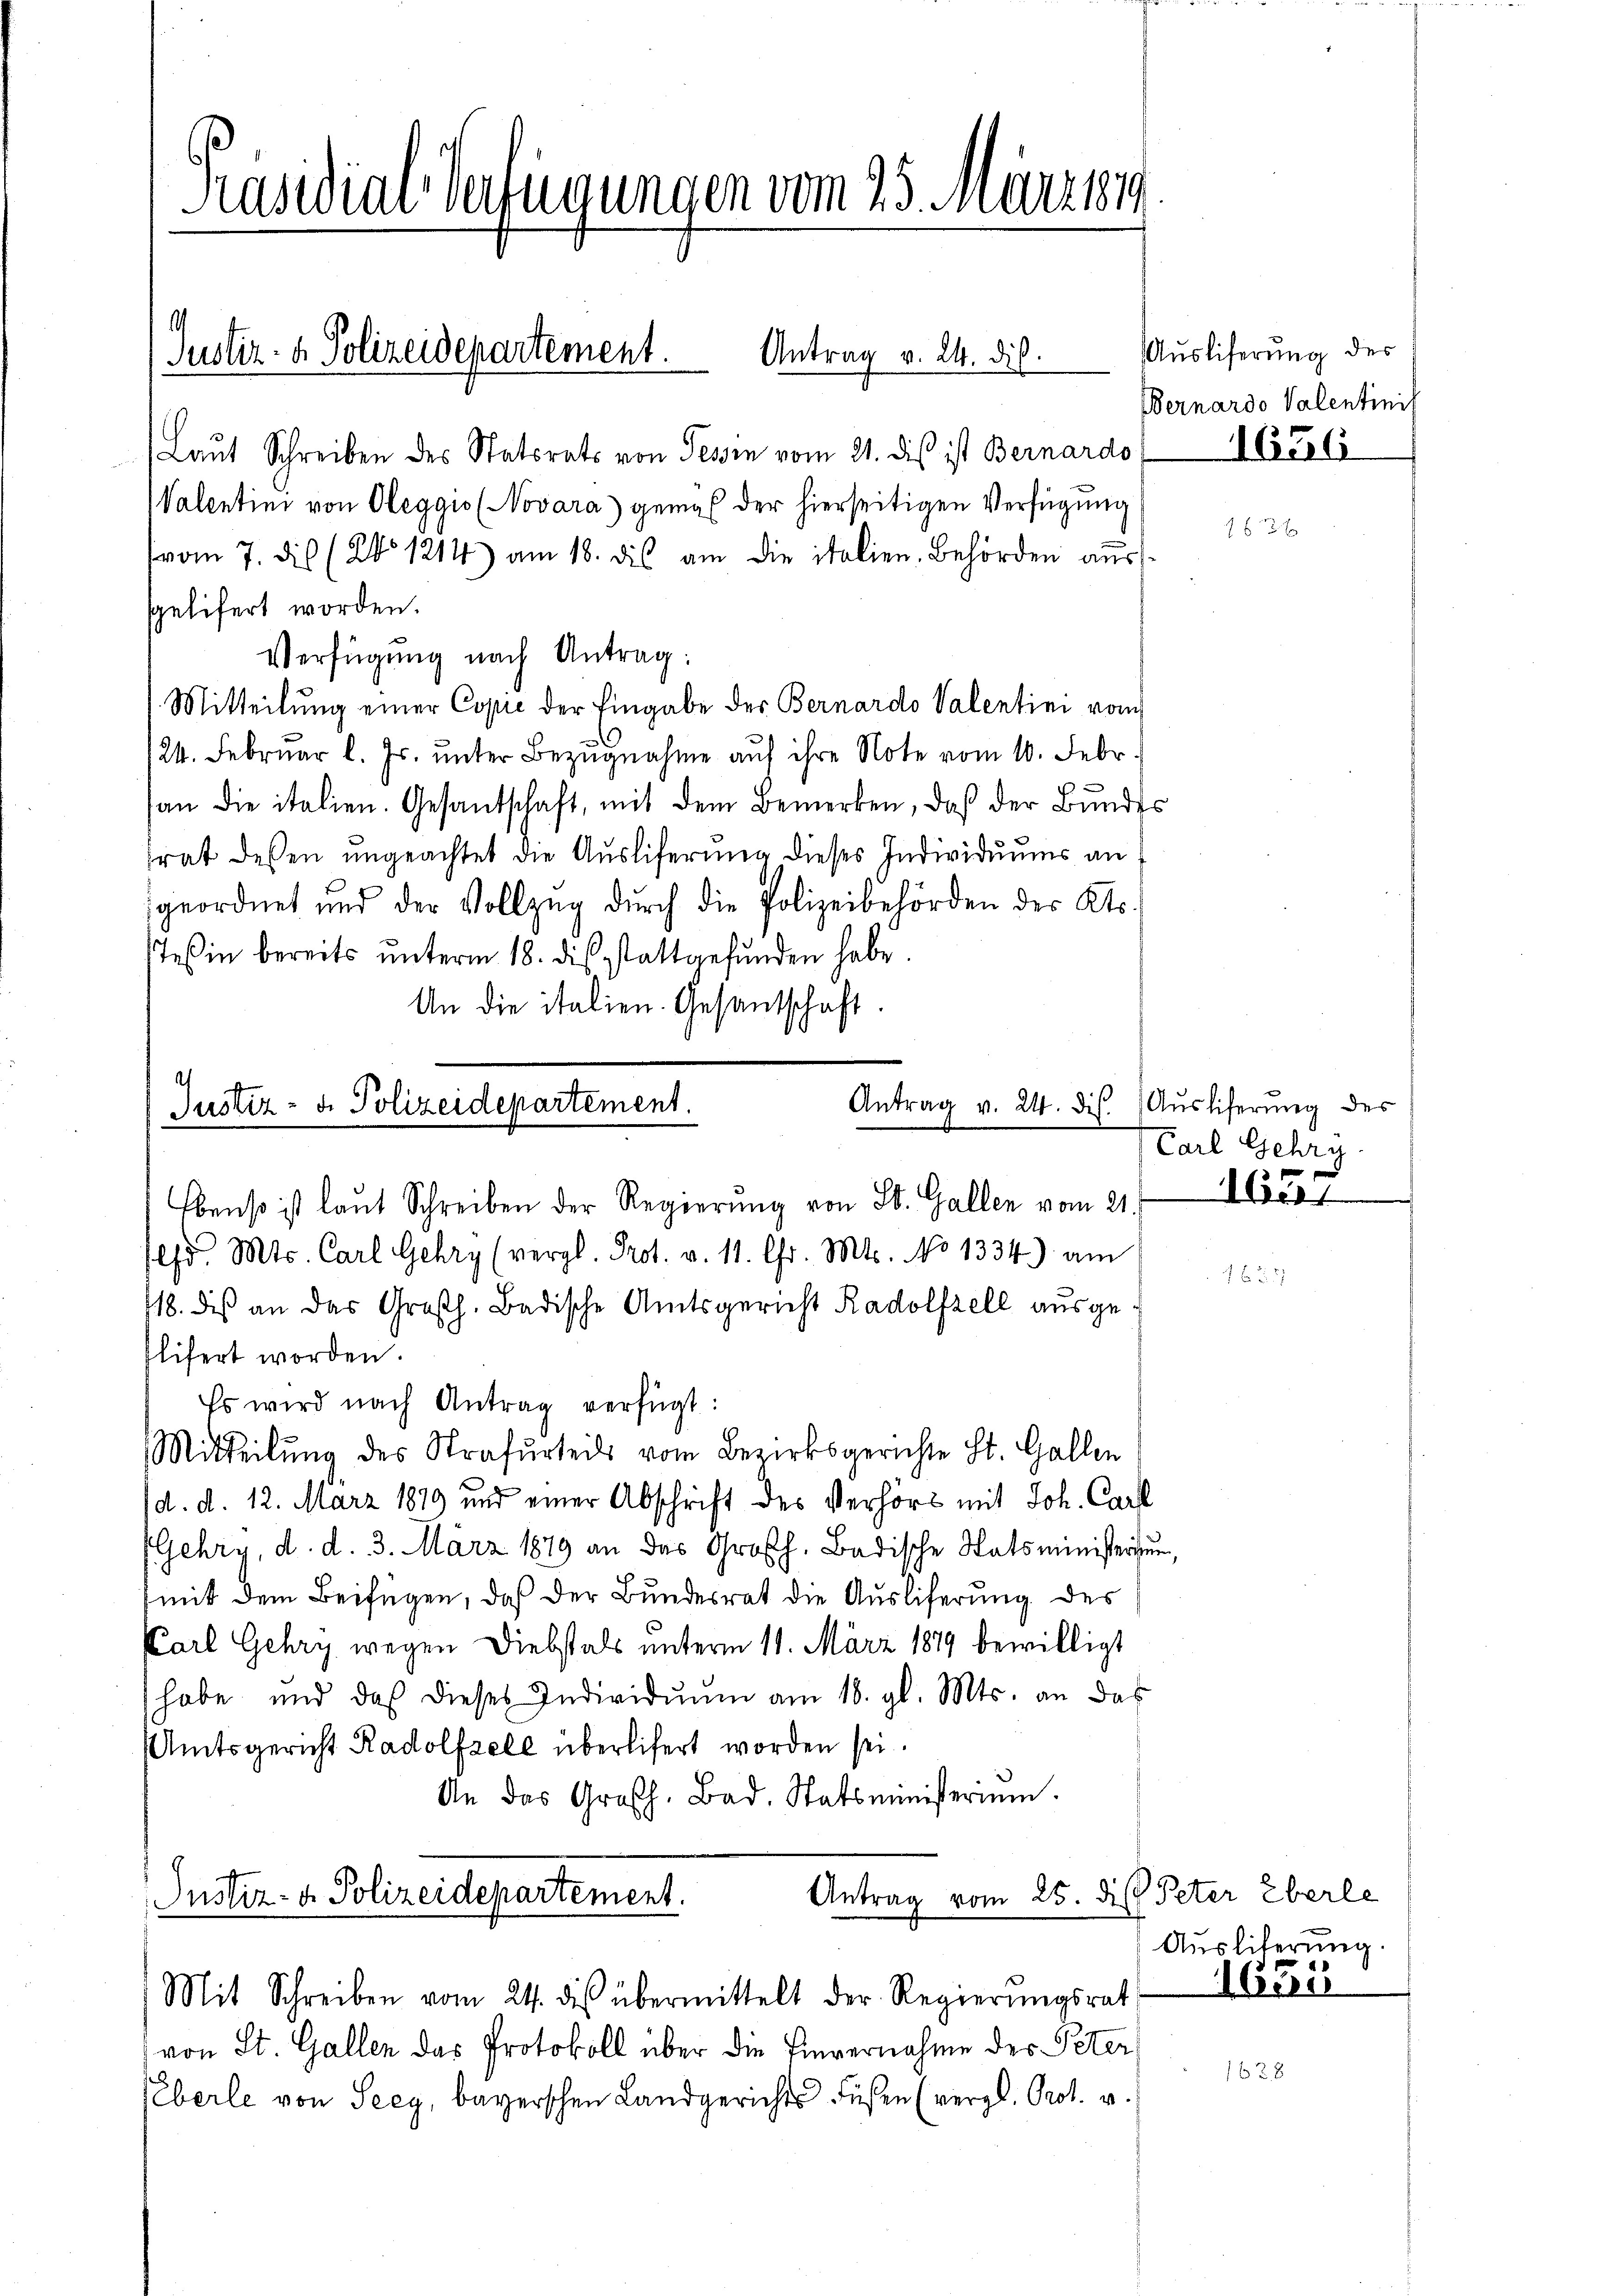
Präsidial-Verfügungen vom 25. März 1879.

s

Antrag v. 24. Dis.
Justiz- & Polizeidepartement.

Antrag v. 24. ds.
Justiz- & Polizeidepartement.

Laut Schreiben des Statsrats von Tessin vom 21. dis ist Bernardo
Valentini von Oleggis (Novara) gemäß der hierseitigen Verfügung
vom 7. dis (No 1214) am 18. des am die italien. Behörden aŭs-
sgelifert worden.
Verfügung nach Antrag:
Mitteilung einer Copie der Eingabe der Bernardo Valentini vom
24. Februar l. Js. unter Bezugnahme auf ihre Note vom 10. Febr.
han die italien. Gesantschaft, mit dem Bemerken, daß der Bŭndes
trat dessen ungeachtet die Ausliferung dieses Individuums an
geordnet und der Vollzug durch die Polizeibehörden des Kts.
Teßin bereits ŭnterm 18. diβ stattgefŭnden habe.
An die italien. Gesantschaft.

Ebenso ist laut Schreiben der Regierung von St. Gallen vom 21.
ed. Mts. Carl Gehry (vergl. Prot. v. 11. Chr. Mts. No 1334) am
118. dis an das Großh. Badische Amtsgericht Radolfzell ausgeflifert worden.
Es wird nach Antrag verfügt:
Mitteilung des Strafurteils vom Bezirksgerichte St. Gallen
(d. d. 12. März 1879 und einer Abschrift des Verhört mit Joh. Carl
Gehry, d. d. 3. März 1879 an das Großh. Badische Statsministerium,
mit dem Beifügen, daß der Bundesrat die Ausliferung des
Karl Gehry wegen Diebstals unterm 11. März 1879 bewilligt
habe und daß dieses Individuum am 18. gl. Mts. an das
Amtsgericht Radolfzele überlifert worden sei.
An das Großh. Bad. Statsministerium.
Antrag vom 25. di Peter Eberle
Justiz- & Polizeidepartement.

Mit Schreiben vom 24. des übermittelt der Regierungsrat

von St. Gallen das Protokoll über die Einvernahme des Peter
Eberle von Seey, bayerschen Landgerichts Füßen (vergl. Prot. v.

Ausliferung des
Bernardo Valentinit

1636

Auslicherung des
Carl Gehry.

1657

Ausliterung.

Cai